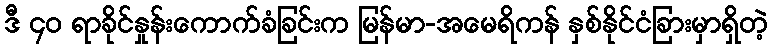
ဒီ ၄၀ ရာခိုင်နှုန်းကောက်ခံခြင်းက မြန်မာ-အမေရိကန် နှစ်နိုင်ငံခြားမှာရှိတဲ့